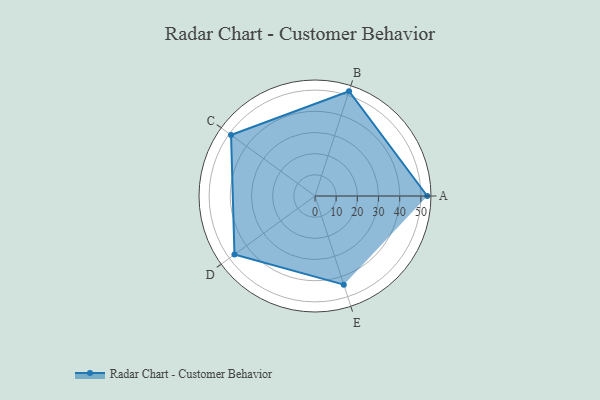
{"axis": {"x": "Skill", "y": "Score"}, "legend": ["Profile"], "data": [{"x": "A", "y": 53.0, "type": "Profile"}, {"x": "B", "y": 52.0, "type": "Profile"}, {"x": "C", "y": 49.0, "type": "Profile"}, {"x": "D", "y": 47.0, "type": "Profile"}, {"x": "E", "y": 44.0, "type": "Profile"}]}